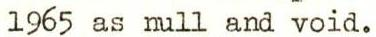
1965 as null and void.